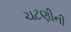
ચટણીની